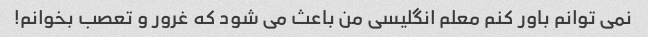
نمی توانم باور کنم معلم انگلیسی من باعث می شود که غرور و تعصب بخوانم!